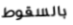
بالسقوط